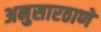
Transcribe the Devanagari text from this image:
अनुसारठाणे